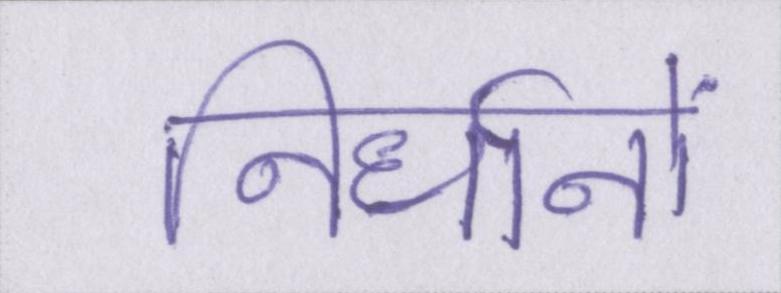
निर्धानों